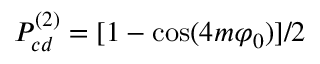
P _ { c d } ^ { ( 2 ) } = [ 1 - \cos ( 4 m \varphi _ { 0 } ) ] / 2